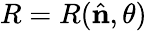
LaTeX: R=R({\hat{\mathbf{n}}},\theta)